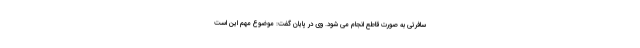
سافرتی به صورت قاطع انجام می شود. وی در پایان گفت: موضوع مهم این است